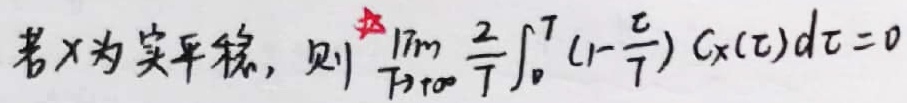
若$X$为实平稳，则$\lim_{T \to +\infty} \frac{2}{T} \int_{0}^{T} (1 - \frac{\tau}{T}) C_X(\tau) d\tau = 0$